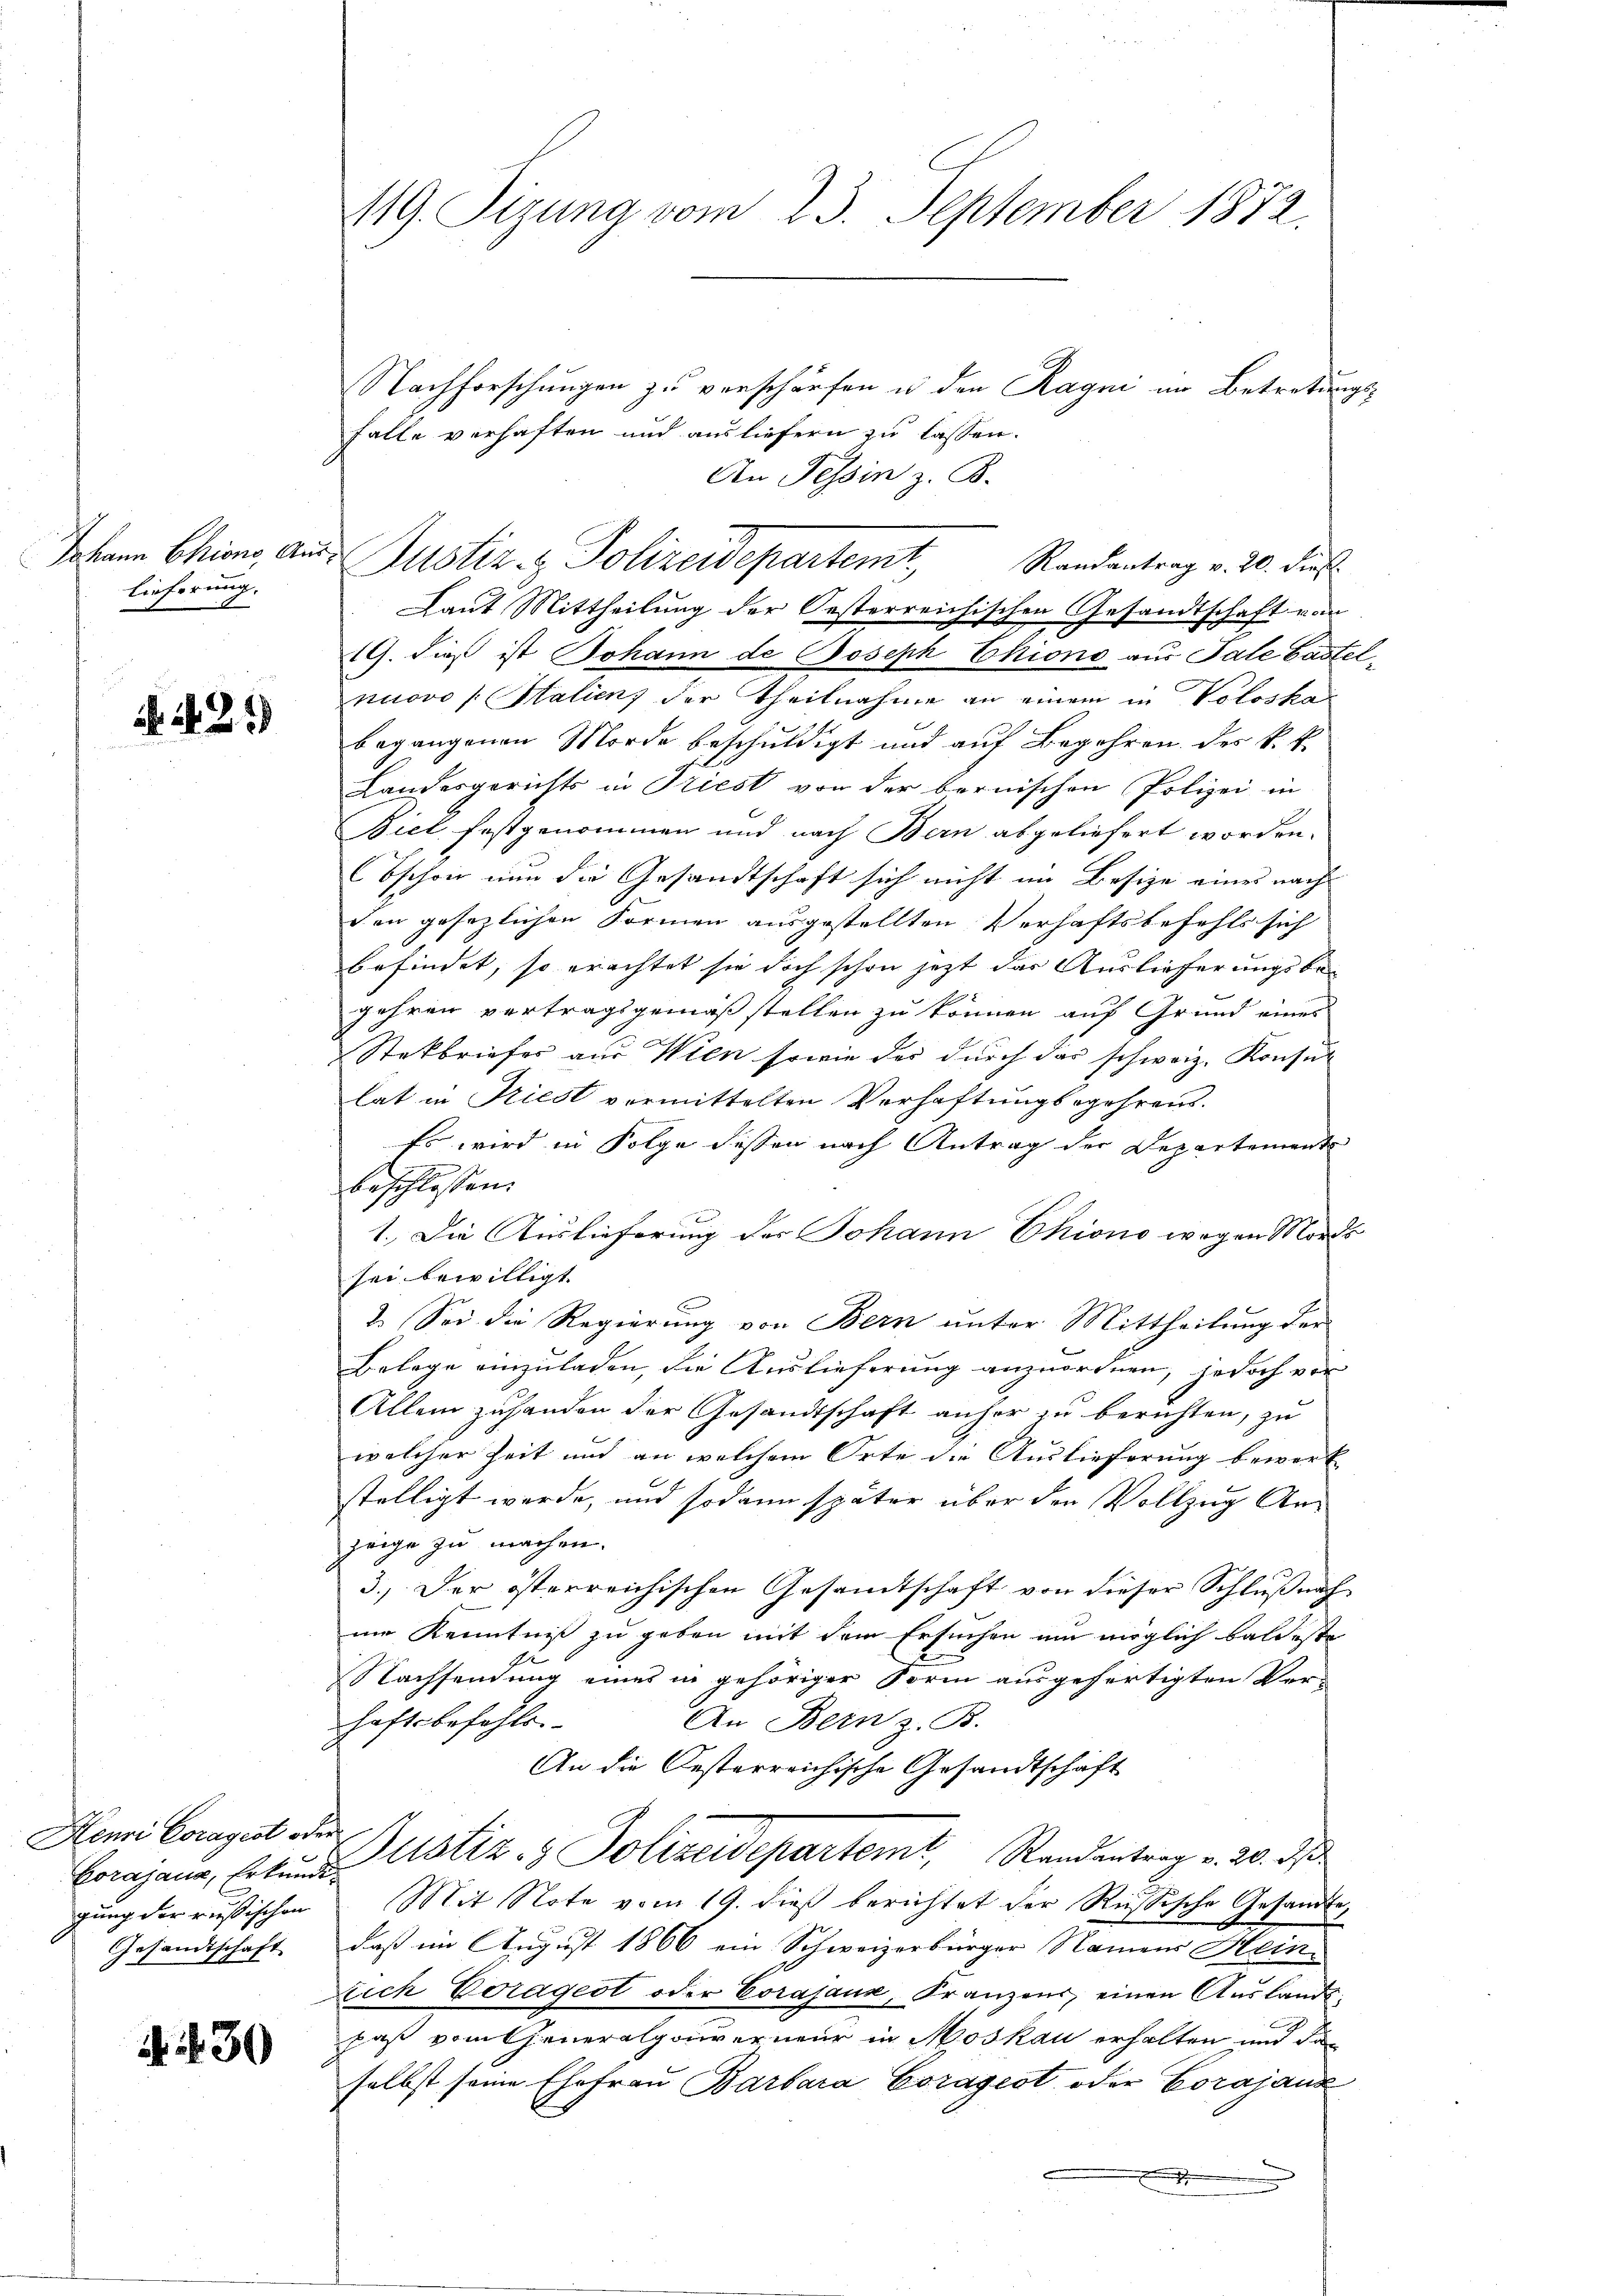
Johann Chiono, Auslieferung. |

N. N. 31

Nachforschungen zu verschärfen u den Ragni im Betretungs¬
Falle verhaften und ausliefern zu lassen.
An Tessin z. B.
Justiz & Polizeidepartemt,
Randantrag v. 20. dieß
Laut Mittheilung der Oesterreichischen Gesandtschaft vom
19. dieß ist Johann de Joseph Chiono aus Tale Gastelnuovo (Stalien) der Theilnahme an einem in Voloska
begangenen Morde beschuldigt und auf Begehren des k. k.
Landesgerichts in Triest von der bernischen Polizei in
Biel festgenommen und nach Bern abgeliefert worden.
Bschon nun die Gesandtschaft sich nicht im Besize eines nach
den gesezlichen Formen ausgestellten Verhaftsbefehls sich
befindet, so erachtet sie doch schon jetzt das Auslieferungsbegehren vertragsgemäß stellen zu können auf Grund eines
Stekbriefes aus Wien sowie des durch das schweiz. Konsur
lat in Friest vermittelten Verhaftungsegehrens.
Es wird in Folge dessen nach Antrag der Departement
beschlossen:
1. Die Auslieferung der Johann Chiono wegen Morde
sei bewilligt.
2. Sei die Regierung von Bern unter Mittheilung der
Belege einzuladen, die Auslieferung anzuordnen, jedoch von
Allein zuhanden der Gesandtschaft anher zu berichten, zu
welcher Zeit und an welchem Orte die Auslieferung bewerk
stelligt werde, und sodann später über den Vollzug Anzeige zu machen.
3.) Der österreichischen Gesamtschaft von dieser Schlŭβnah
ne Kenntniß zu geben mit dem Ersuchen um möglich baldeste
Nachsendung eines in gehöriger Form ausgefertigten Ver-
haftsbefehle.
An Bern z. B.
An die Oesterreichische Gesandtschaft
Conjana, Arten Gustiz- & Polizeidepartemt, Standentrag v. 20. ds.
gung der russischen Mit Note vom 19. dieß berichtet der Russische Gesandtedaß im August 1866 ein Schweizerbürger Namens Hein
Eich Coragert oder Corajank, Franzens, einen Auslands
daß vom Generalgouverneur in Moskau erhalten und da
selbst seine Ehefrau Barbara Coragest oder Corajanz
1

Henri Coragest oder
Gesandtschaft

N. 30

119. Sizung vom 23. September 1872.